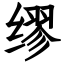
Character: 缪